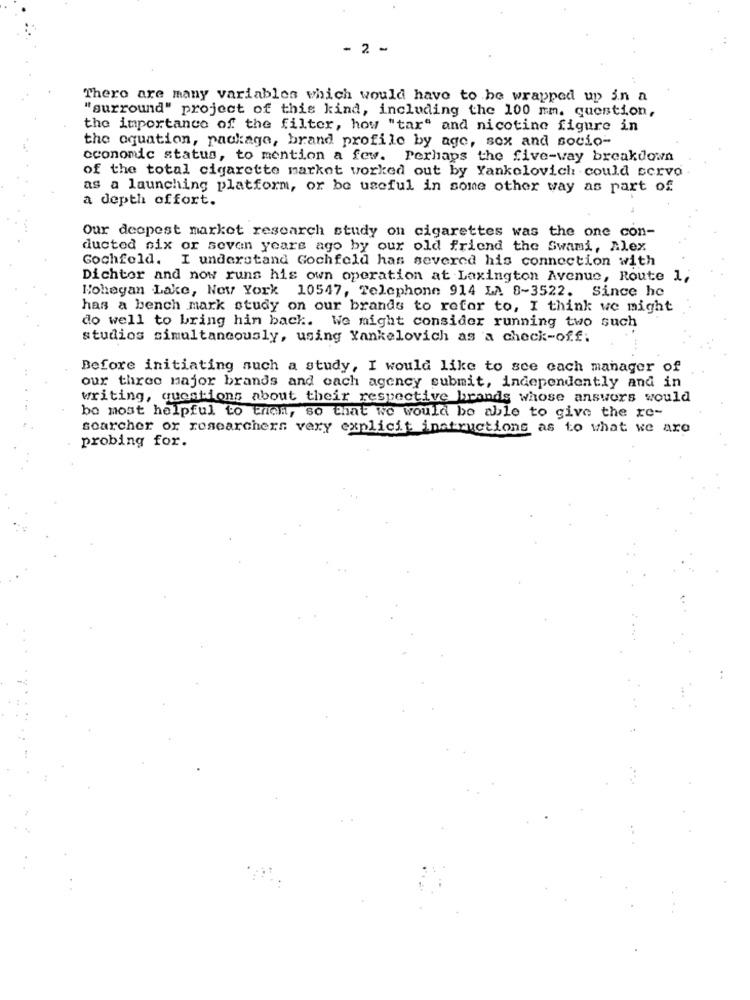
- 2 -
There are many variables which would have to be wrapped up in a
"surround" project of this kind, including the 100 mm. question,
the importance of the filter, how "tar" and nicotine figure in
the oquation, package, brand profile by age, sex and socio-
economic status, to mention a few. Perhaps the five-way breakdown
of the total cigarette market worked out by Yankolovich could servo
as a launching platform, or be useful in some other way as part of
a depth offort.
Our deepest market research study on cigarettes was the one con-
ductod six or seven years ago by our old friend the Swami, Alex
Gochfeld. I understand Gochfeld has severed his connection with
Dichter and now runs his own operation at Laxington Avenue, Route 1,
Nohegan Lake, New York 10547, Telephone 914 LA 8-3522. Since he
has a bench mark study on our brands to refer to, I think we might
do well to bring him back. We might consider running two such
studios simultaneously, using Yankelovich as a check-off;
Before initiating such a study, I would like to see cach manager of
our three major brands and each agency submit, independently and in
writing, questions about their respective brands whose answers would
be most helpful to tran, so that we would be able to give the re-
soarcher or researchers very explicit instructions as to what we are
probing for.